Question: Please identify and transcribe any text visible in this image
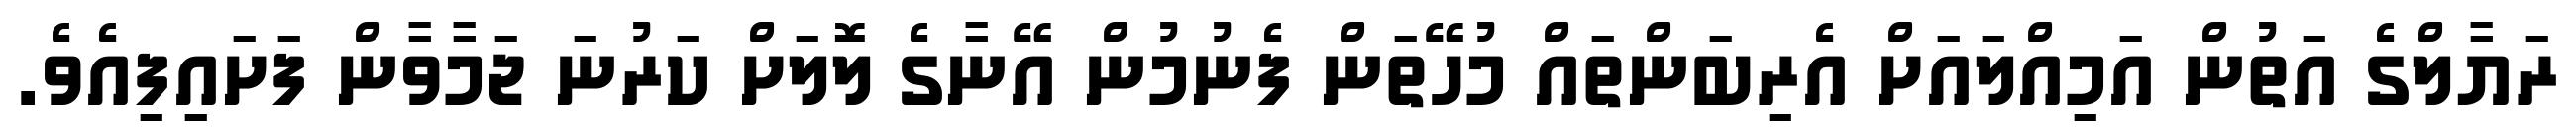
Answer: ރަޔާލްގެ އަތުން އަމިއްލައަށް އެރިބަންތައް މުހޭތަން ފެނުމުން އޭނާގެ ލޮލަށް ކަރުނަ ޖަމާވާން ފަށައިފިއެވެ.